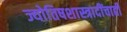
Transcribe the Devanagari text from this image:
ज्योतिषशास्त्रादींचाही